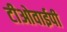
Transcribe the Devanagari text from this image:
टीओवाईपी